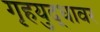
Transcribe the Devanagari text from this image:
गृहयुद्धावर